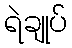
ရဲချုပ်